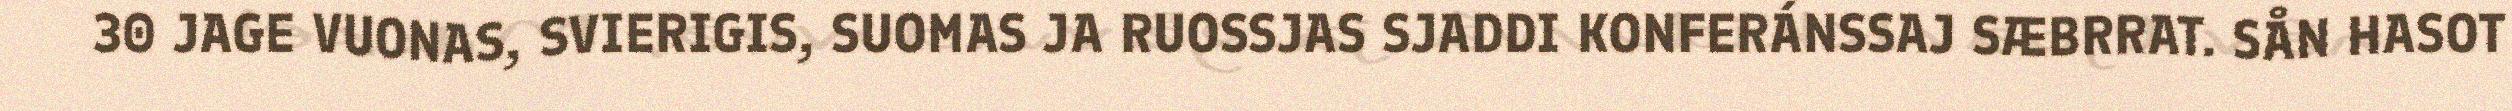
30 JAGE VUONAS, SVIERIGIS, SUOMAS JA RUOSSJAS SJADDI KONFERÁNSSAJ SÆBRRAT. SÅN HASOT